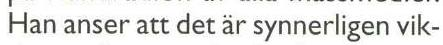
Han anser att det är synnerligen vik-